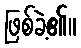
ဖြစ်ခဲ့၏။